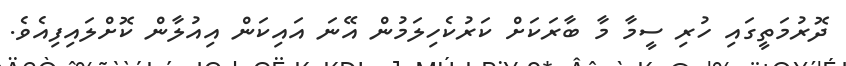
ދޮރުމަތީގައި ހުރި ސީމާ މާ ބާރަކަށް ކަރުކެހިލަމުން އޭނަ އައިކަން އިއުލާން ކޮށްލައިފިއެވެ.